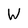
Character: W